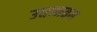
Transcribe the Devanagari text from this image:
उद्यानतज्ञ